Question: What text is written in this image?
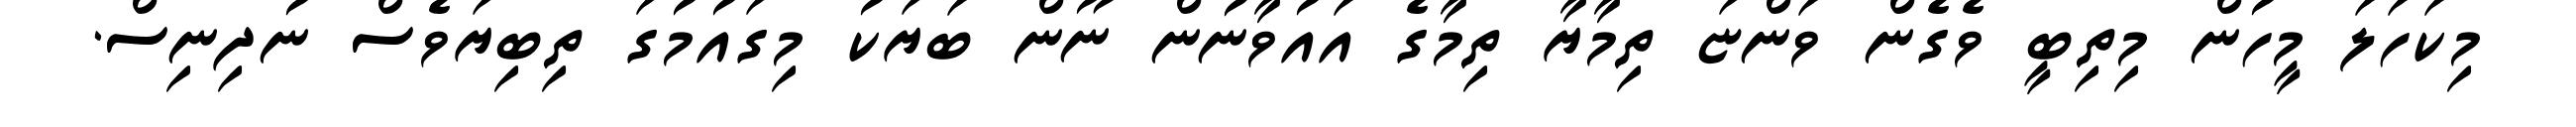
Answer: މިކަހަލަ މީހުން މިތިބީ ވެގެން ވަންޏަ ތިމާޔާ ތިމާގެ އައުވާނުން ނޫން ބަޔަކު މިގައުމުގަ ތިބިޔަވެސް ނުދިނިސް.